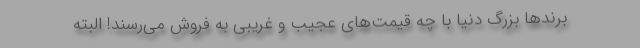
برندها بزرگ دنیا با چه قیمت‌های عجیب و غریبی به فروش می‌رسند! البته